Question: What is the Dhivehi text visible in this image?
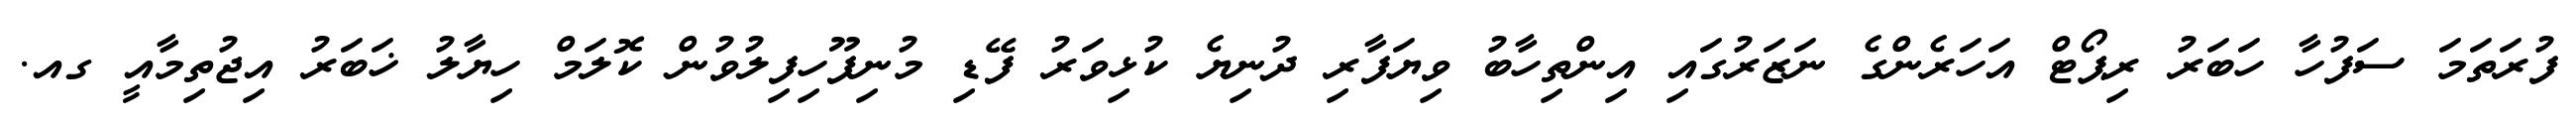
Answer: ފުރަތަމަ ސަފުހާ ހަބަރު ރިޕޯޓް އަހަރެންގެ ނަޒަރުގައި އިންތިހާބު ވިޔަފާރި ދުނިޔެ ކުޅިވަރު ފޭޑި މުނިފޫހިފިލުވުން ކޮލަމް ހިޔާލު ޚަބަރު އިޖުތިމާއީ ގއ.